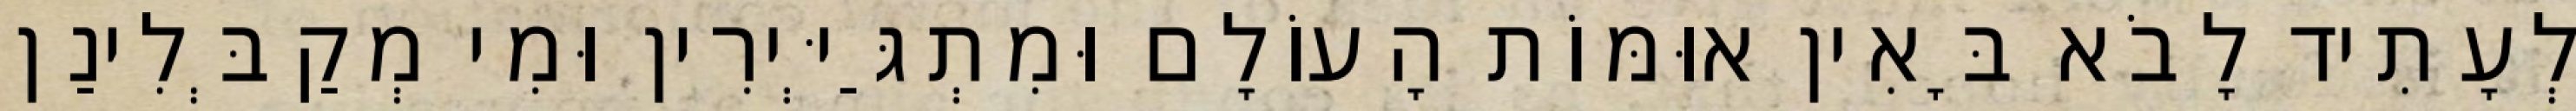
לְעָתִיד לָבֹא בָּאִין אוּמּוֹת הָעוֹלָם וּמִתְגַּיְּירִין וּמִי מְקַבְּלִינַן